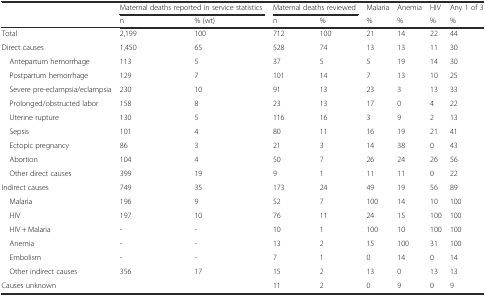
<table><thead><tr><td></td><td colspan="2"><b>Maternal deaths reported in service statistics</b></td><td colspan="2"><b>Maternal deaths reviewed</b></td><td><b>Malaria</b></td><td><b>Anemia</b></td><td><b>HIV</b></td><td><b>Any 1 of 3</b></td></tr><tr><td></td><td><b>n</b></td><td><b>% (wt)</b></td><td><b>n</b></td><td><b>%</b></td><td><b>%</b></td><td><b>%</b></td><td><b>%</b></td><td><b>%</b></td></tr></thead><tbody><tr><td>Total</td><td>2,199</td><td>100</td><td>712</td><td>100</td><td>21</td><td>14</td><td>22</td><td>44</td></tr><tr><td>Direct causes</td><td>1,450</td><td>65</td><td>528</td><td>74</td><td>13</td><td>13</td><td>11</td><td>30</td></tr><tr><td> Antepartum hemorrhage</td><td>113</td><td>5</td><td>37</td><td>5</td><td>5</td><td>19</td><td>14</td><td>30</td></tr><tr><td> Postpartum hemorrhage</td><td>129</td><td>7</td><td>101</td><td>14</td><td>7</td><td>13</td><td>10</td><td>25</td></tr><tr><td> Severe pre-eclampsia/eclampsia</td><td>230</td><td>10</td><td>91</td><td>13</td><td>23</td><td>3</td><td>13</td><td>33</td></tr><tr><td> Prolonged/obstructed labor</td><td>158</td><td>8</td><td>23</td><td>13</td><td>17</td><td>0</td><td>4</td><td>22</td></tr><tr><td> Uterine rupture</td><td>130</td><td>5</td><td>116</td><td>16</td><td>3</td><td>9</td><td>2</td><td>13</td></tr><tr><td> Sepsis</td><td>101</td><td>4</td><td>80</td><td>11</td><td>16</td><td>19</td><td>21</td><td>41</td></tr><tr><td> Ectopic pregnancy</td><td>86</td><td>3</td><td>21</td><td>3</td><td>14</td><td>38</td><td>0</td><td>43</td></tr><tr><td> Abortion</td><td>104</td><td>4</td><td>50</td><td>7</td><td>26</td><td>24</td><td>26</td><td>56</td></tr><tr><td> Other direct causes</td><td>399</td><td>19</td><td>9</td><td>1</td><td>11</td><td>11</td><td>0</td><td>22</td></tr><tr><td>Indirect causes</td><td>749</td><td>35</td><td>173</td><td>24</td><td>49</td><td>19</td><td>56</td><td>89</td></tr><tr><td> Malaria</td><td>196</td><td>9</td><td>52</td><td>7</td><td>100</td><td>14</td><td>10</td><td>100</td></tr><tr><td> HIV</td><td>197</td><td>10</td><td>76</td><td>11</td><td>24</td><td>15</td><td>100</td><td>100</td></tr><tr><td> HIV + Malaria</td><td>-</td><td>-</td><td>10</td><td>1</td><td>100</td><td>10</td><td>100</td><td>100</td></tr><tr><td> Anemia</td><td>-</td><td>-</td><td>13</td><td>2</td><td>15</td><td>100</td><td>31</td><td>100</td></tr><tr><td> Embolism</td><td>-</td><td>-</td><td>7</td><td>1</td><td>0</td><td>14</td><td>0</td><td>14</td></tr><tr><td> Other indirect causes</td><td>356</td><td>17</td><td>15</td><td>2</td><td>13</td><td>0</td><td>13</td><td>13</td></tr><tr><td>Causes unknown</td><td></td><td></td><td>11</td><td>2</td><td>0</td><td>9</td><td>0</td><td>9</td></tr></tbody></table>